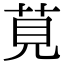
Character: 莧